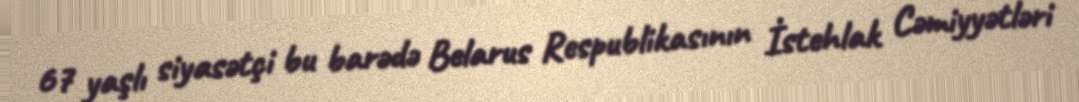
67 yaşlı siyasətçi bu barədə Belarus Respublikasının İstehlak Cəmiyyətləri